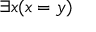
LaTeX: \exists x ( x = y )